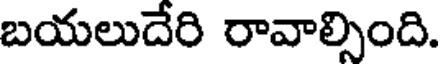
బయలుదేరి రావాల్సింది.